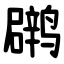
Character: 䴙